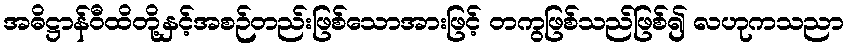
အဓိဋ္ဌာန်ဝီထိတို့နှင့်အစဉ်တည်းဖြစ်သောအားဖြင့် တကွဖြစ်သည်ဖြစ်၍ လဟုကသညာ